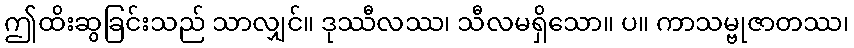
ဤထိးဆွခြင်းသည် သာလျှင်။ ဒုဿီလဿ၊ သီလမရှိသော။ ပ။ ကာသမ္ဗုဇာတဿ၊